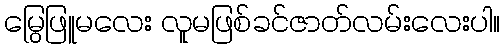
မြွေဖြူမလေး လူမဖြစ်ခင်ဇာတ်လမ်းလေးပါ။